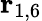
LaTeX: \mathbf{r}_{1,6}